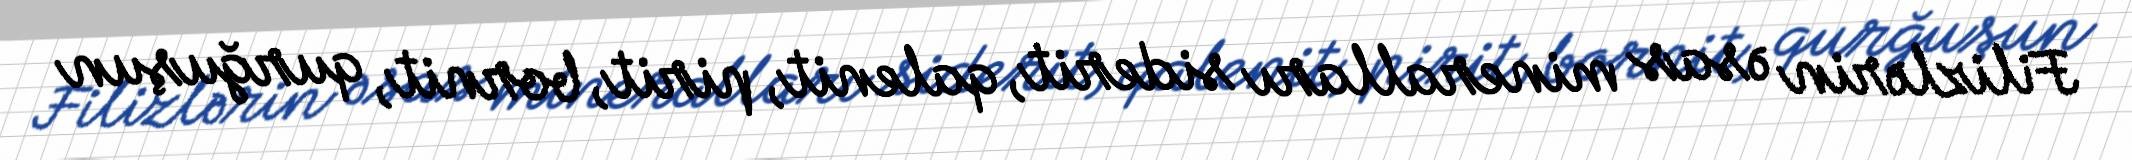
Filizlərin əsas mineralları siderit, qalenit, pirit, bornit, qurğuşun